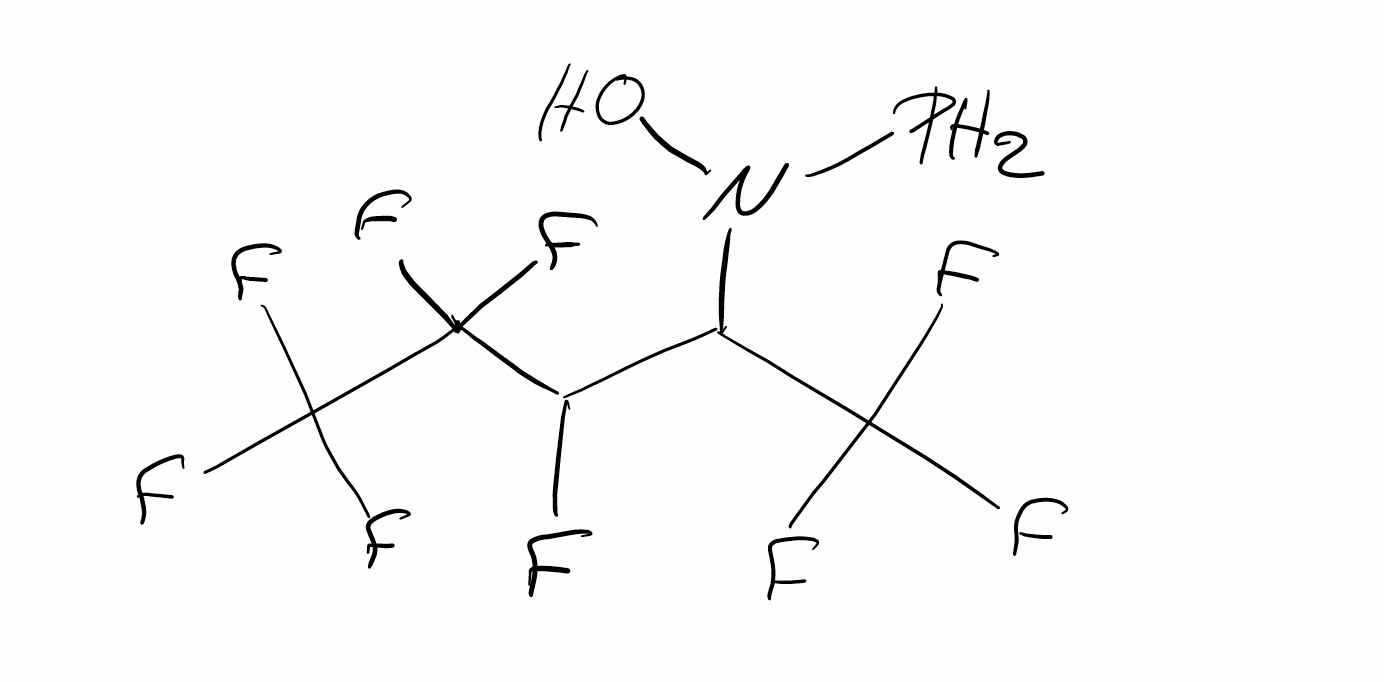
Simplified molecular-input line-entry system (SMILES) notation of the given molecule:
C(C(C(C(F)(F)F)(F)F)F)(C(F)(F)F)N(O)P